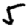
Digit: 5